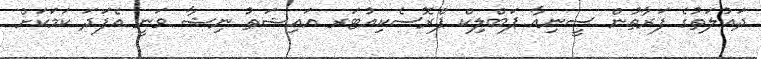
ދައުލަތުގެ ފަރާތުން ސީނިއާ ޕަބްލިކް ޕްރޮސެކިއުޓަރ އައިޝަތު ނިޝާ ވަނީ އެފަދަ ކަމަކަށް